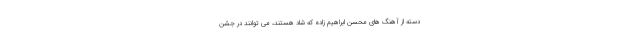
دسته از آهنگ های محسن ابراهیم زاده که شاد هستند، می توانند در جشن